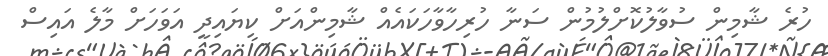
ހުރެ ޝާމިން ސުވާލުކޮށްލުމުން ސަނާ ހުރިހާވާހަކައެއް ޝާމިންއަށް ކިޔައިދީ އަވަހަށް މާލެ އައިސް